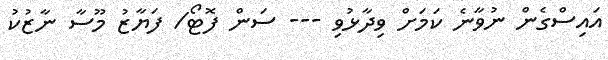
އައިސްގެން ނުވާނެ ކަމަށް ވިދާޅުވި --- ސަން ފޮޓޯ/ ފަޔާޒު މޫސާ ނާޒުކު